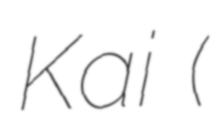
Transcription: Kai (ピアノの森